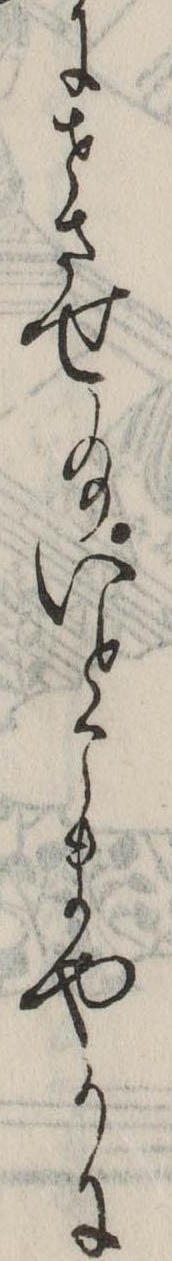
にせさせ給いとこまやかに